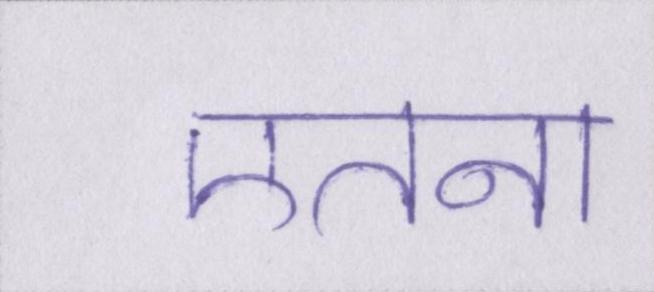
एतना